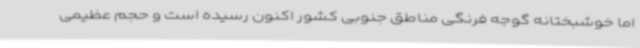
اما خوشبختانه گوجه فرنگی مناطق جنوبی کشور اکنون رسیده است و حجم عظیمی